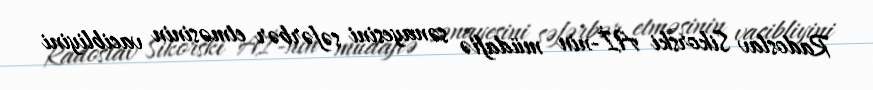
Radoslav Sikorski Aİ-nin müdafiə sənayesini səfərbər etməsinin vacibliyini